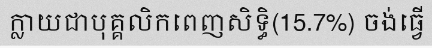
ក្លាយជាបុគ្គលិកពេញសិទ្ធិ(15.7%) ចង់ធ្វើ